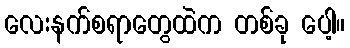
လေးနက်စရာတွေထဲက တစ်ခု ပေါ့။